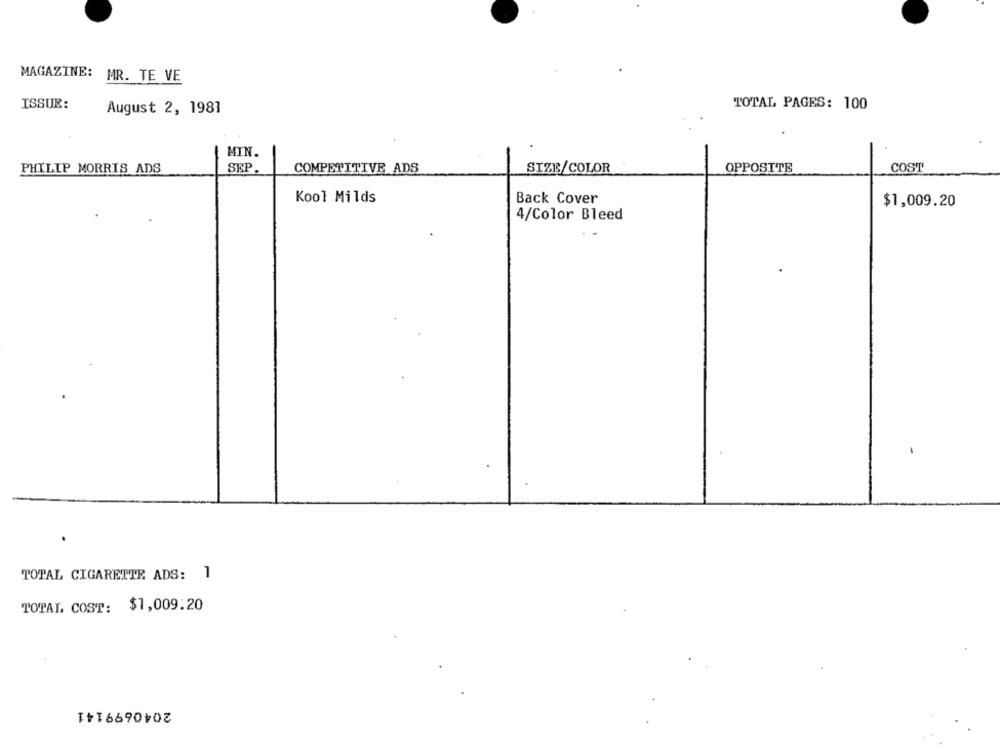
MAGAZINE: MR. TE VE
ISSUE:
TOTAL PAGES: 100
August 2, 1981
MIN.
PHILIP MORRIS ADS
SEP
COMPETITIVE ADS
SIZE/COLOR
OPPOSITE
COST
Kool Milds
Back Cover
$1,009.20
4/Color Bleed
TOTAL CIGARETTE ADS: 1
TOTAL COST: $1,009.20
2040699141